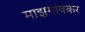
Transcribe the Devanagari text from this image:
माझगांवकर